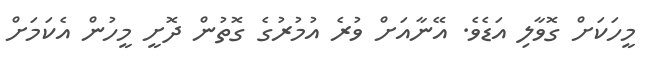
މީހަކަށް ގޮވާލި އަޑެވެ. އޭނާއަށް ވުރެ އުމުރުގެ ގޮތުން ދޮށީ މީހުން އެކަމަށް